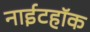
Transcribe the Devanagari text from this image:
नाईटहॉक